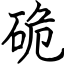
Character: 硊